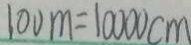
1 0 0 m = 1 0 0 0 0 c m